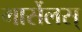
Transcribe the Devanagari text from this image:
मार्सेलस्